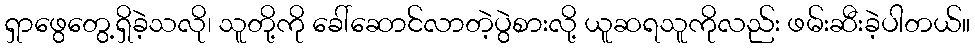
ရှာဖွေတွေ့ရှိခဲ့သလို၊ သူတို့ကို ခေါ်ဆောင်လာတဲ့ပွဲစားလို့ ယူဆရသူကိုလည်း ဖမ်းဆီးခဲ့ပါတယ်။